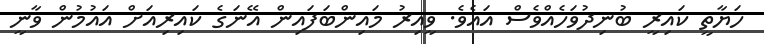
ހަޔާތީ ކައިރީ ބުނިދުވަހެއްވެސް އައެވެ. ވީއިރު މައިންބަފައިން އޭނަގެ ކައިރިއަށް އައުމުން ވާނީ